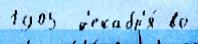
1905  д'екабр'я́ во